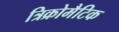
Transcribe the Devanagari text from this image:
त्रिक्रोमैटिक